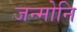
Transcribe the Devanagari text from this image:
जन्मोनि